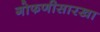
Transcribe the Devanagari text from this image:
गोफणीसारखा